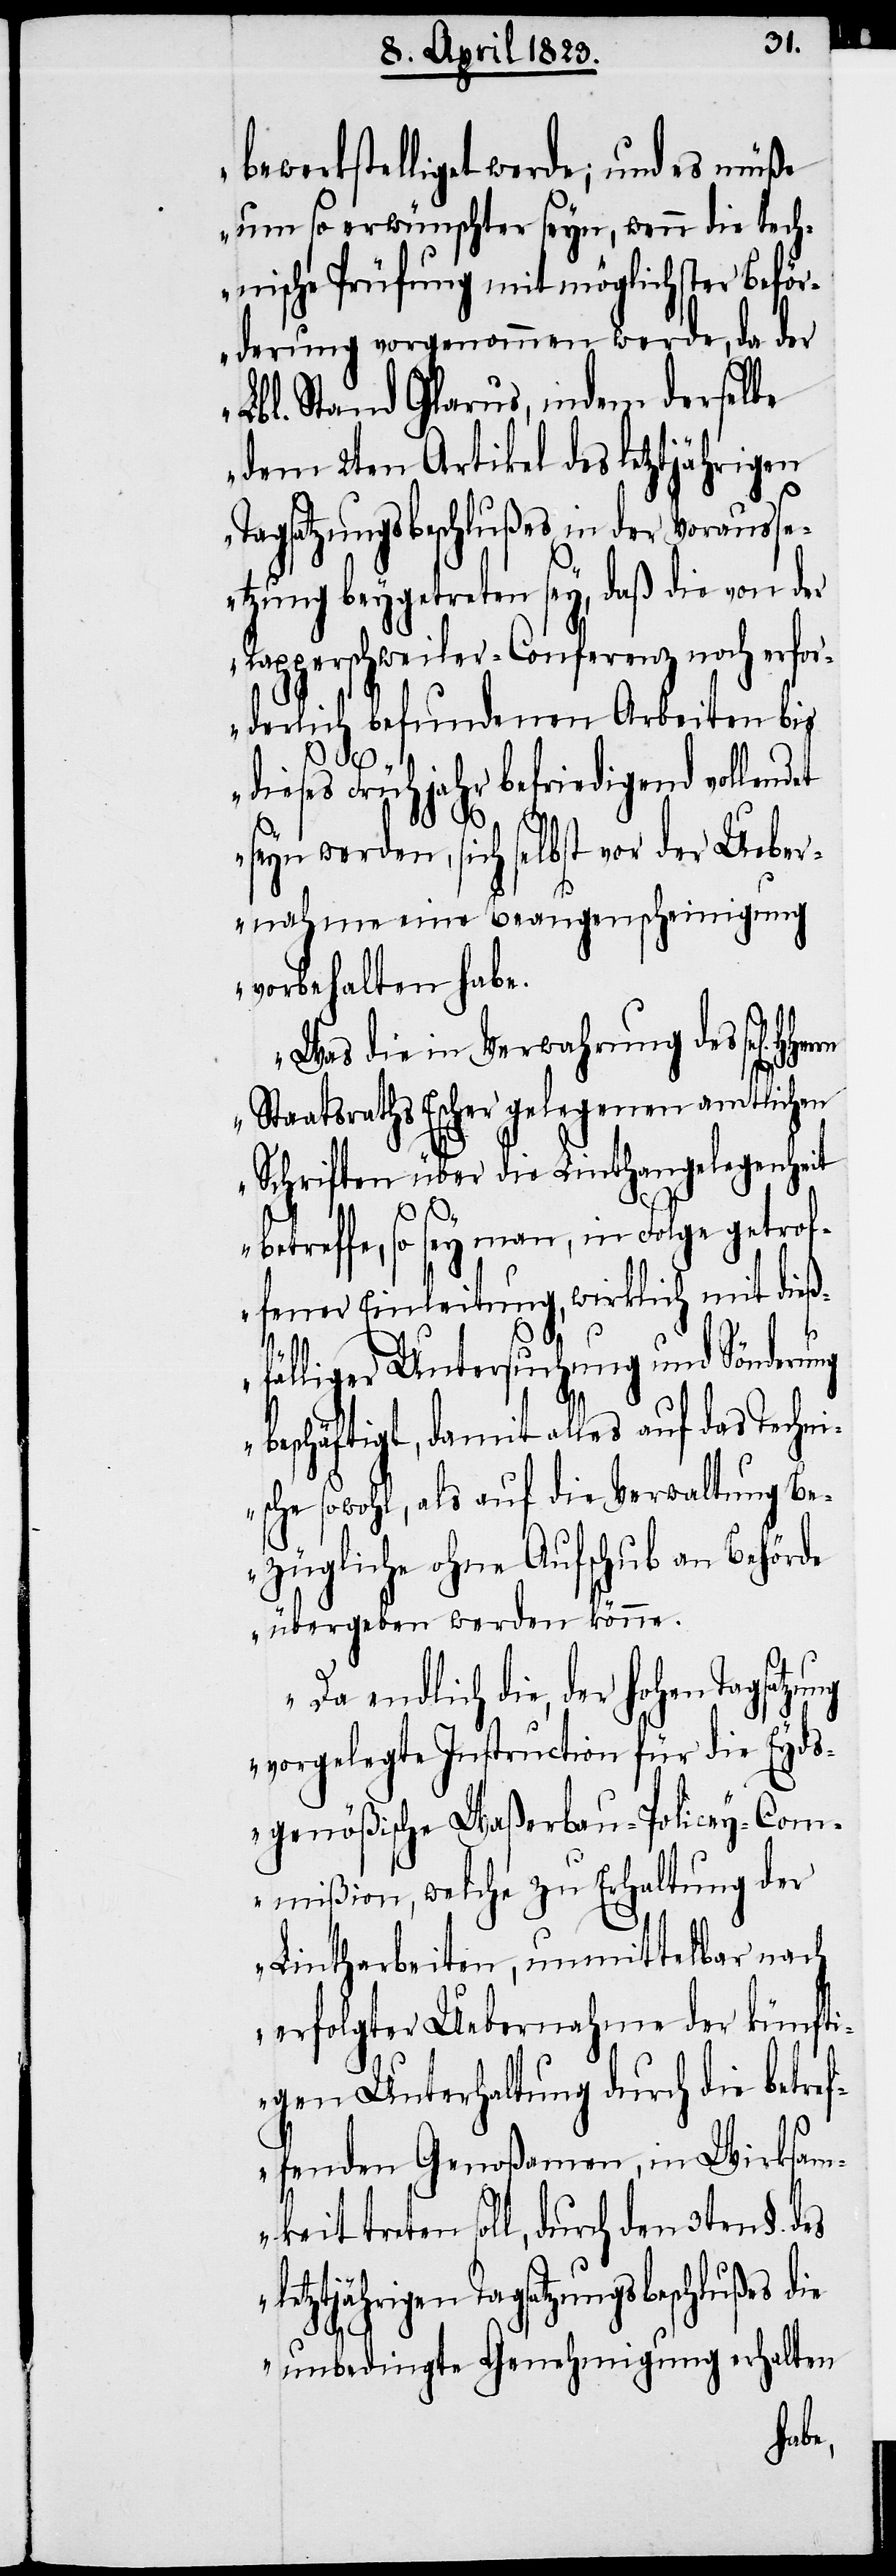
3ten
bewerkstelliget werde; und es müße
um so erwünschter seyn, wenn die tech¬
nische Prüfung mit möglichster Beför¬
derung vorgenommen werde, da der
Lbl. Stand Glarus, indem derselbe
dem 2ten Artikel des letztjährigen
Tagsatzungsbeschlußes in der Vorausse¬
tzung beygetreten sey, daß die von d¬
Rapperschweiler-Conferenz noch erfor¬
derlich befundenen Arbeiten bis
dieses Frühjahr befriedigend vollendet
er
seyn werden, sich selbst vor der Ueber¬
nahme eine Beaugenscheinigung
vorbehalten habe.
Was die in Verwahrung des sel[igen]
Staatsraths Escher gelegenen amtlichen
Schriften über die Linthangelegenheit
l¬
betreffe, so sey man, in Folge getrof¬
fener Einleitung, wirklich mit dieß¬
fälliger Untersuchung und Sönderung
beschäftigt, damit alles auf das Techni¬
sche sowohl, als auf die Verwaltung Be¬
zügliche ohne Aufschub an Behörde
übergeben werden könne.
Da endlich die, der hohen Tagsatzu¬
vorgelegte Instruction für die Eyds¬
genößische Waßerbau-Policey-Com¬
mißion, welche zu Erhaltung der
Lintharbeiten, unmittelbar nach
erfolgter Uebernahme der künft¬
igen Unterhaltung durch die betref¬
fenden Genoßamen, in Wirksam¬
etztjährigen Tagsatzungsbeschlußes die
unbedingte Genehmigung erhalten

keit